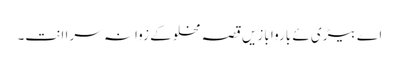
اے بیڑی ئے باروا بازیں قصہ مخلوکے زوانہ سرا انت۔